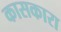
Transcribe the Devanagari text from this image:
कासकारा